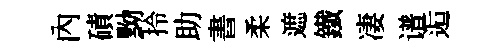
內磧黝拎助書柔遮鐵凄谱逅